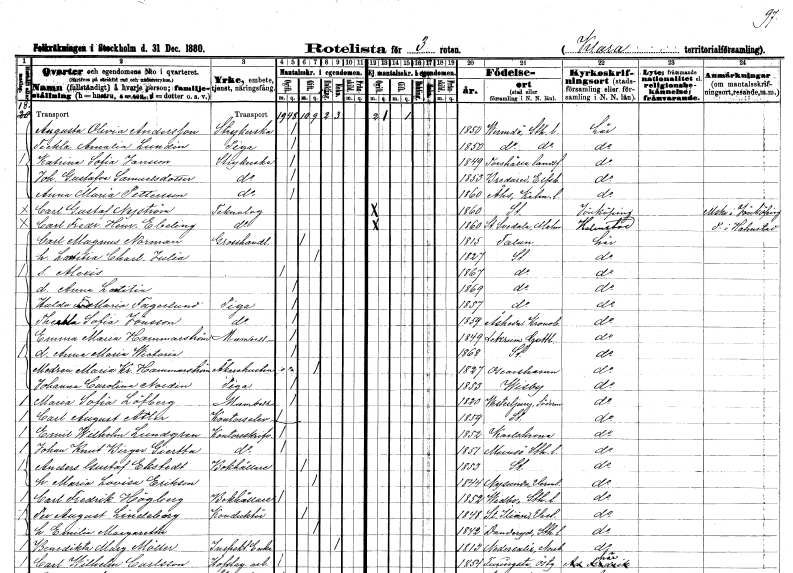
gt_parse: households: individuals: FN: Augusta Olivia
EN: Andersson
YRKE: Strykerska
KON: K
CIV: O
FODAR: 1850
FODFORS: Värmdö Stockholms län
FN: Teckla Amalia
EN: Lundin
YRKE: Piga
KON: K
CIV: O
FODAR: 1850
FODFORS: Värmdö Stockholms län
FN: Katrina Sofia
EN: Jansson
YRKE: Strykerska
KON: K
CIV: O
FODAR: 1849
FODFORS: Torshälla landsförsamling Södermanlands län
FN: Johanna Gustafva
EN: Samuelsdotter
YRKE: Strykerska
KON: K
CIV: O
FODAR: 1853
FODFORS: Bredared Älvsborgs län
FN: Anna Maria
EN: Pettersson
YRKE: Strykerska
KON: K
CIV: O
FODAR: 1860
FODFORS: Ås Kalmar län
FN: Carl Gustaf
EN: Nyström
YRKE: Teknolog
KON: M
CIV: O
FODAR: 1860
FODFORS: Stockholm
FN: Carl Fredrik Henrik
EN: Ebeling
YRKE: Teknolog
KON: M
CIV: O
FODAR: 1860
FODFORS: Svedala Malmöhus län
FN: Carl Magnus
EN: Norman
YRKE: Grosshandlare
KON: M
CIV: G
FODAR: 1815
FODFORS: Falun Kopparbergs län
FN: Latitia?? Charlotta Julia
KON: K
CIV: G
FODAR: 1827
FODFORS: Stockholm
FN: Alexis
KON: M
CIV: O
FODAR: 1867
FODFORS: Stockholm
FN: Anna Latitia??
KON: K
CIV: O
FODAR: 1869
FODFORS: Stockholm
FN: Hulda Fredrika Maria
EN: Fagerlund
YRKE: Piga
KON: K
CIV: O
FODAR: 1857
FODFORS: Stockholm
FN: Theckla Sofia
EN: Jönsson
YRKE: Piga
KON: K
CIV: O
FODAR: 1859
FODFORS: Åseda Kronobergs län
FN: Emma Maria
EN: Hammarström
KON: K
CIV: O
FODAR: 1849
FODFORS: Lokrume Gotlands län
FN: Anna Maria Wictoria
KON: K
CIV: O
FODAR: 1868
FODFORS: Stockholm
FN: Maria Kristina
EN: Hammarström
YRKE: Åkarehustru
KON: K
CIV: G
FODAR: 1827
FODFORS: Oskarshamn Kalmar län
FN: Johanna Carolina
EN: Nordin
YRKE: Piga
KON: K
CIV: O
FODAR: 1853
FODFORS: Visby Gotlands län
FN: Maria Sofia
EN: Löfberg
KON: K
CIV: O
FODAR: 1820
FODFORS: Västerljung Södermanlands län
FN: Carl August
EN: Atler
YRKE: Kontorselev
KON: M
CIV: O
FODAR: 1859
FODFORS: Stockholm
FN: Emil Wilhelm
EN: Lundgren
YRKE: Kontorsskrivare
KON: M
CIV: O
FODAR: 1852
FODFORS: Karlskrona Blekinge län
FN: Johan Knut Birger
EN: Giertta
YRKE: Kontorsskrivare
KON: M
CIV: O
FODAR: 1851
FODFORS: Munsö Stockholms län
FN: Anders Gustaf
EN: Ekstedt
YRKE: Bokhållare
KON: M
CIV: G
FODAR: 1853
FODFORS: Stockholm
FN: Maria Lovisa
EN: Erikson
KON: K
CIV: G
FODAR: 1844
FODFORS: Nysund Örebro län
FN: Carl Fredrik
EN: Högberg
YRKE: Bokhållare
KON: M
CIV: O
FODAR: 1852
FODFORS: Vidbo Stockholms län
FN: Per August
EN: Lindeborg
YRKE: Konduktör
KON: M
CIV: G
FODAR: 1848
FODFORS: Sankt Ilian Västmanlands län
FN: Emilia Margaretha
KON: K
CIV: G
FODAR: 1842
FODFORS: Danderyd Stockholms län
FN: Benedikta Margareta
EN: Möller
YRKE: Inspektorsänka
KON: K
CIV: E
FODAR: 1813
FODFORS: Nederkalix Norrbottens län
FN: Carl Wilhelm
EN: Carlsson
YRKE: Hovslageriarbetare
KON: M
CIV: O
FODAR: 1854
FODFORS: Furingstad Östergötlands län